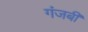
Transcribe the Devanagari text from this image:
गंजबी